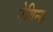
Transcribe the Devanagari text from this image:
नेविन्स